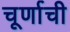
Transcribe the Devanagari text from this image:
चूर्णाची